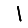
Digit: 1